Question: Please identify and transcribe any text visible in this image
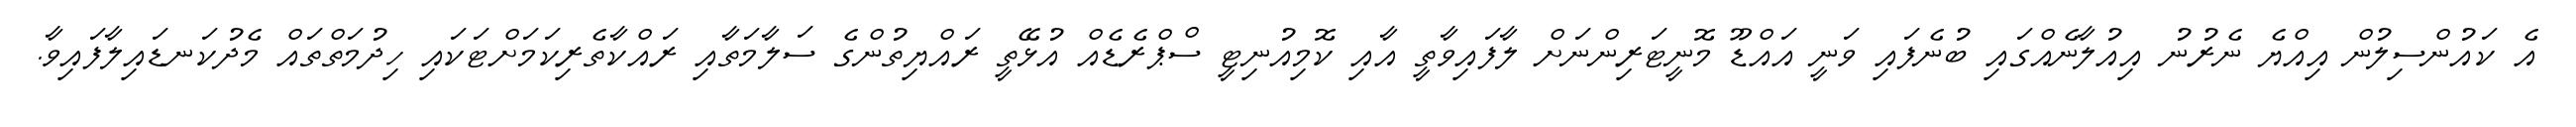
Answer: އެ ކައުންސިލުން އިއްޔެ ނެރުނު އިއުލާނެއްގައި ބުނެފައި ވަނީ އައްޑޫ މޮނީޓަރިންނަށް ލާފައިވާތީ އާއި ކޮމިއުނިޓީ ސްޕްރެޑެއް އުޅޭތީ ރައްޔިތުންގެ ސަލާމަތާއި ރައްކާތެރިކަމަށްޓަކައި ހިދުމަތްތައް މެދުކަނޑައިލާފައިވާ.